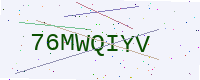
Text: 76MWQIYV